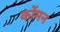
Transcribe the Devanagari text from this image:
कोंमन